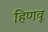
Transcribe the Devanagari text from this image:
हिणवू